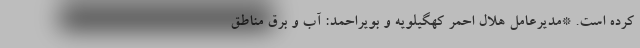
کرده است. *مدیرعامل هلال احمر کهگیلویه و بویراحمد: آب و برق مناطق